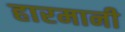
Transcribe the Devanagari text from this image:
हारमानी